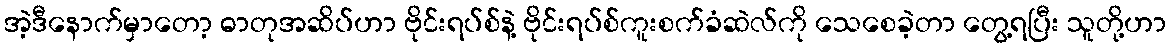
အဲ့ဒီနောက်မှာတော့ ဓာတုအဆိပ်ဟာ ဗိုင်းရပ်စ်နဲ့ ဗိုင်းရပ်စ်ကူးစက်ခံဆဲလ်ကို သေစေခဲ့တာ တွေ့ရပြီး သူတို့ဟာ